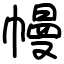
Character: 幔